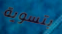
بتسوية